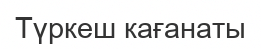
Түркеш кағанаты